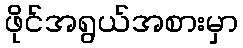
ဖိုင်အရွယ်အစားမှာ